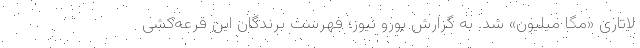
لاتاری «مگا میلیون» شد. به گزارش یورو نیوز؛ فهرست برندگان این قرعه‌کشی